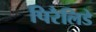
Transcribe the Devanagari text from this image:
पिरैलिडे